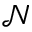
\mathcal { N }